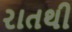
રાતથી